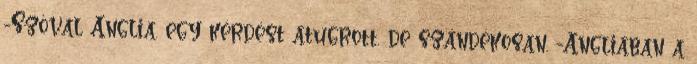
-Szóval Anglia. egy kérdést átugrott, de szándékosan. -Angliában a